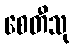
စေတီသု